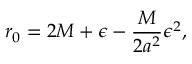
r _ { 0 } = 2 M + \epsilon - \frac { M } { 2 a ^ { 2 } } \epsilon ^ { 2 } ,